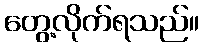
တွေ့လိုက်ရသည်။